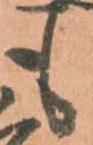
も